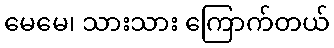
မေမေ၊ သားသား ကြောက်တယ်